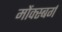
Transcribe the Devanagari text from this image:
मोंक्स्बर्ग